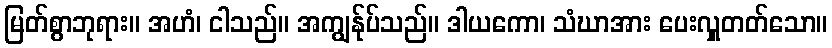
မြတ်စွာဘုရား။ အဟံ၊ ငါသည်။ အကျွန်ုပ်သည်။ ဒါယကော၊ သံဃာအား ပေးလှူတတ်သော။